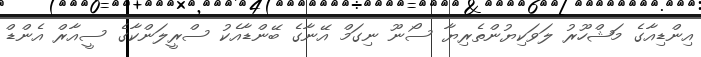
އިންޑިއާގެ މަޝްހޫރު ލަވަކިޔުންތެރިޔާ ސޯނޫ ނިގަމް އޭނާގެ ބޭންޑާއެކު ސްރީލަންކާގެ ސީއާރް އެންޑް